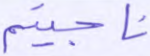
ناجيتم